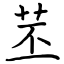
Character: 苤